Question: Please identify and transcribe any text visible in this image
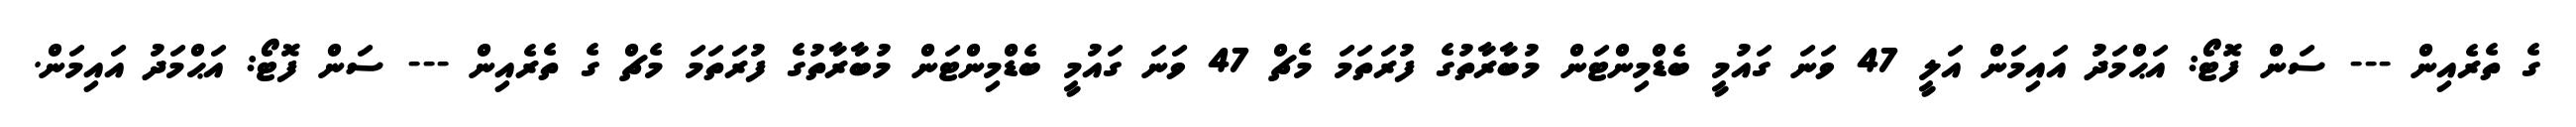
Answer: ގެ ތެރެއިން --- ސަން ފޮޓޯ: އަޙްމަދު އައިމަން އަލީ 47 ވަނަ ގައުމީ ބެޑްމިންޓަން މުބާރާތުގެ ފުރަތަމަ މެޗް 47 ވަނަ ގައުމީ ބެޑްމިންޓަން މުބާރާތުގެ ފުރަތަމަ މެޗް ގެ ތެރެއިން --- ސަން ފޮޓޯ: އަޙްމަދު އައިމަން.